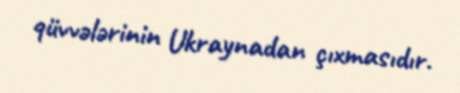
qüvvələrinin Ukraynadan çıxmasıdır.